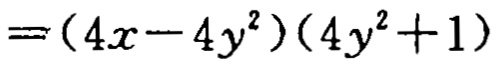
$=(4x - 4y^{2})(4y^{2}+1)$